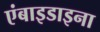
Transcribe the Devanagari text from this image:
एंबाइडाइना